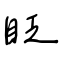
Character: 眨